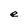
Character: e